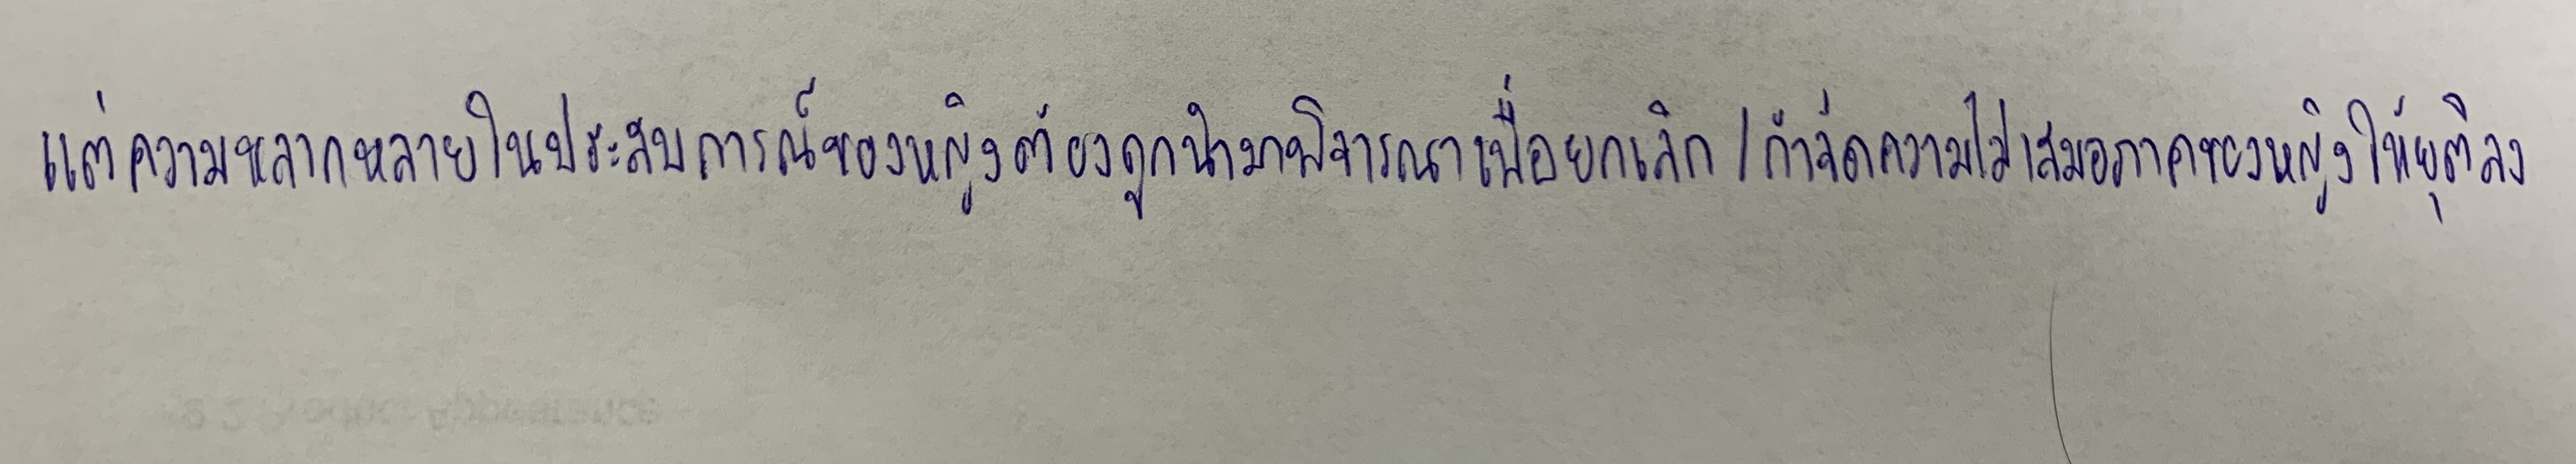
แต่ความหลากหลายในประสบการณ์ของหญิงต้องถูกนำมาพิจารณาเพื่อยกเลิก/กำจัดความไม่เสมอภาคของหญิงให้ยุติลง